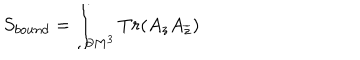
LaTeX: S _ { b o u n d } = \int _ { \partial M ^ { 3 } } T r ( A _ { z } A _ { \overline { { { z } } } } )